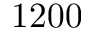
1 2 0 0